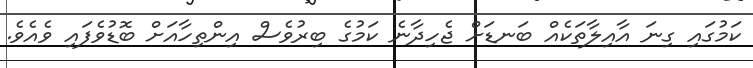
ކަމުގައި ގިނަ އާއިލާތަކެއް ބަނޑަށް ޖެހިދާނެ ކަމުގެ ބިރުވެސް އިންތިހާއަށް ބޮޑުވެފައި ވެއެވެ.